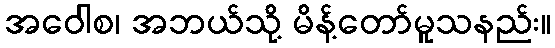
အဝေါစ၊ အဘယ်သို့ မိန့်တော်မူသနည်း။